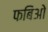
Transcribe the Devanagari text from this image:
फबिओ